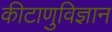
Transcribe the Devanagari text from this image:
कीटाणुविज्ञान